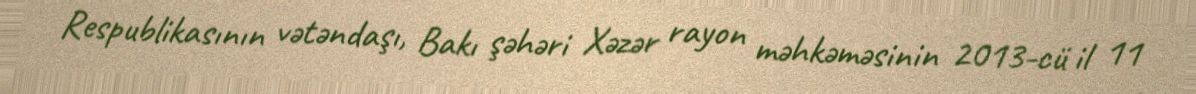
Respublikasının vətəndaşı, Bakı şəhəri Xəzər rayon məhkəməsinin 2013-cü il 11